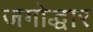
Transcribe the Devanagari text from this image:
जगोद्धार